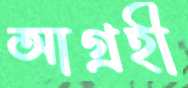
আগ্রহী